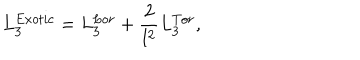
LaTeX: L _ { 3 } ^ { E x o t i c } = L _ { 3 } ^ { L o r } + \frac { 2 } { l ^ { 2 } } L _ { 3 } ^ { T o r } ,